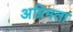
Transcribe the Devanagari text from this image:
अग्रिमता